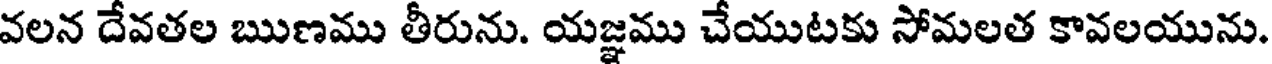
వలన దేవతల ఋణము తీరును. యజ్ఞము చేయుటకు సోమలత కావలయును.